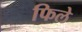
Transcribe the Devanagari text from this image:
फिले